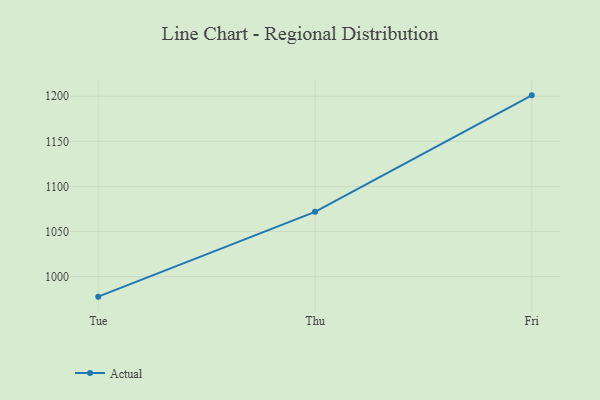
{"axis": {"x": "Day", "y": "Budget (USD K)"}, "legend": ["Actual"], "data": [{"x": "Tue", "y": 977.7, "type": "Actual"}, {"x": "Thu", "y": 1071.8, "type": "Actual"}, {"x": "Fri", "y": 1201.0, "type": "Actual"}]}